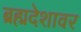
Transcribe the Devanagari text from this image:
ब्रह्मदेशावर